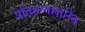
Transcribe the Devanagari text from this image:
प्रतिहस्ताक्षरित